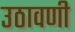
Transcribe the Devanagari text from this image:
उठावणी